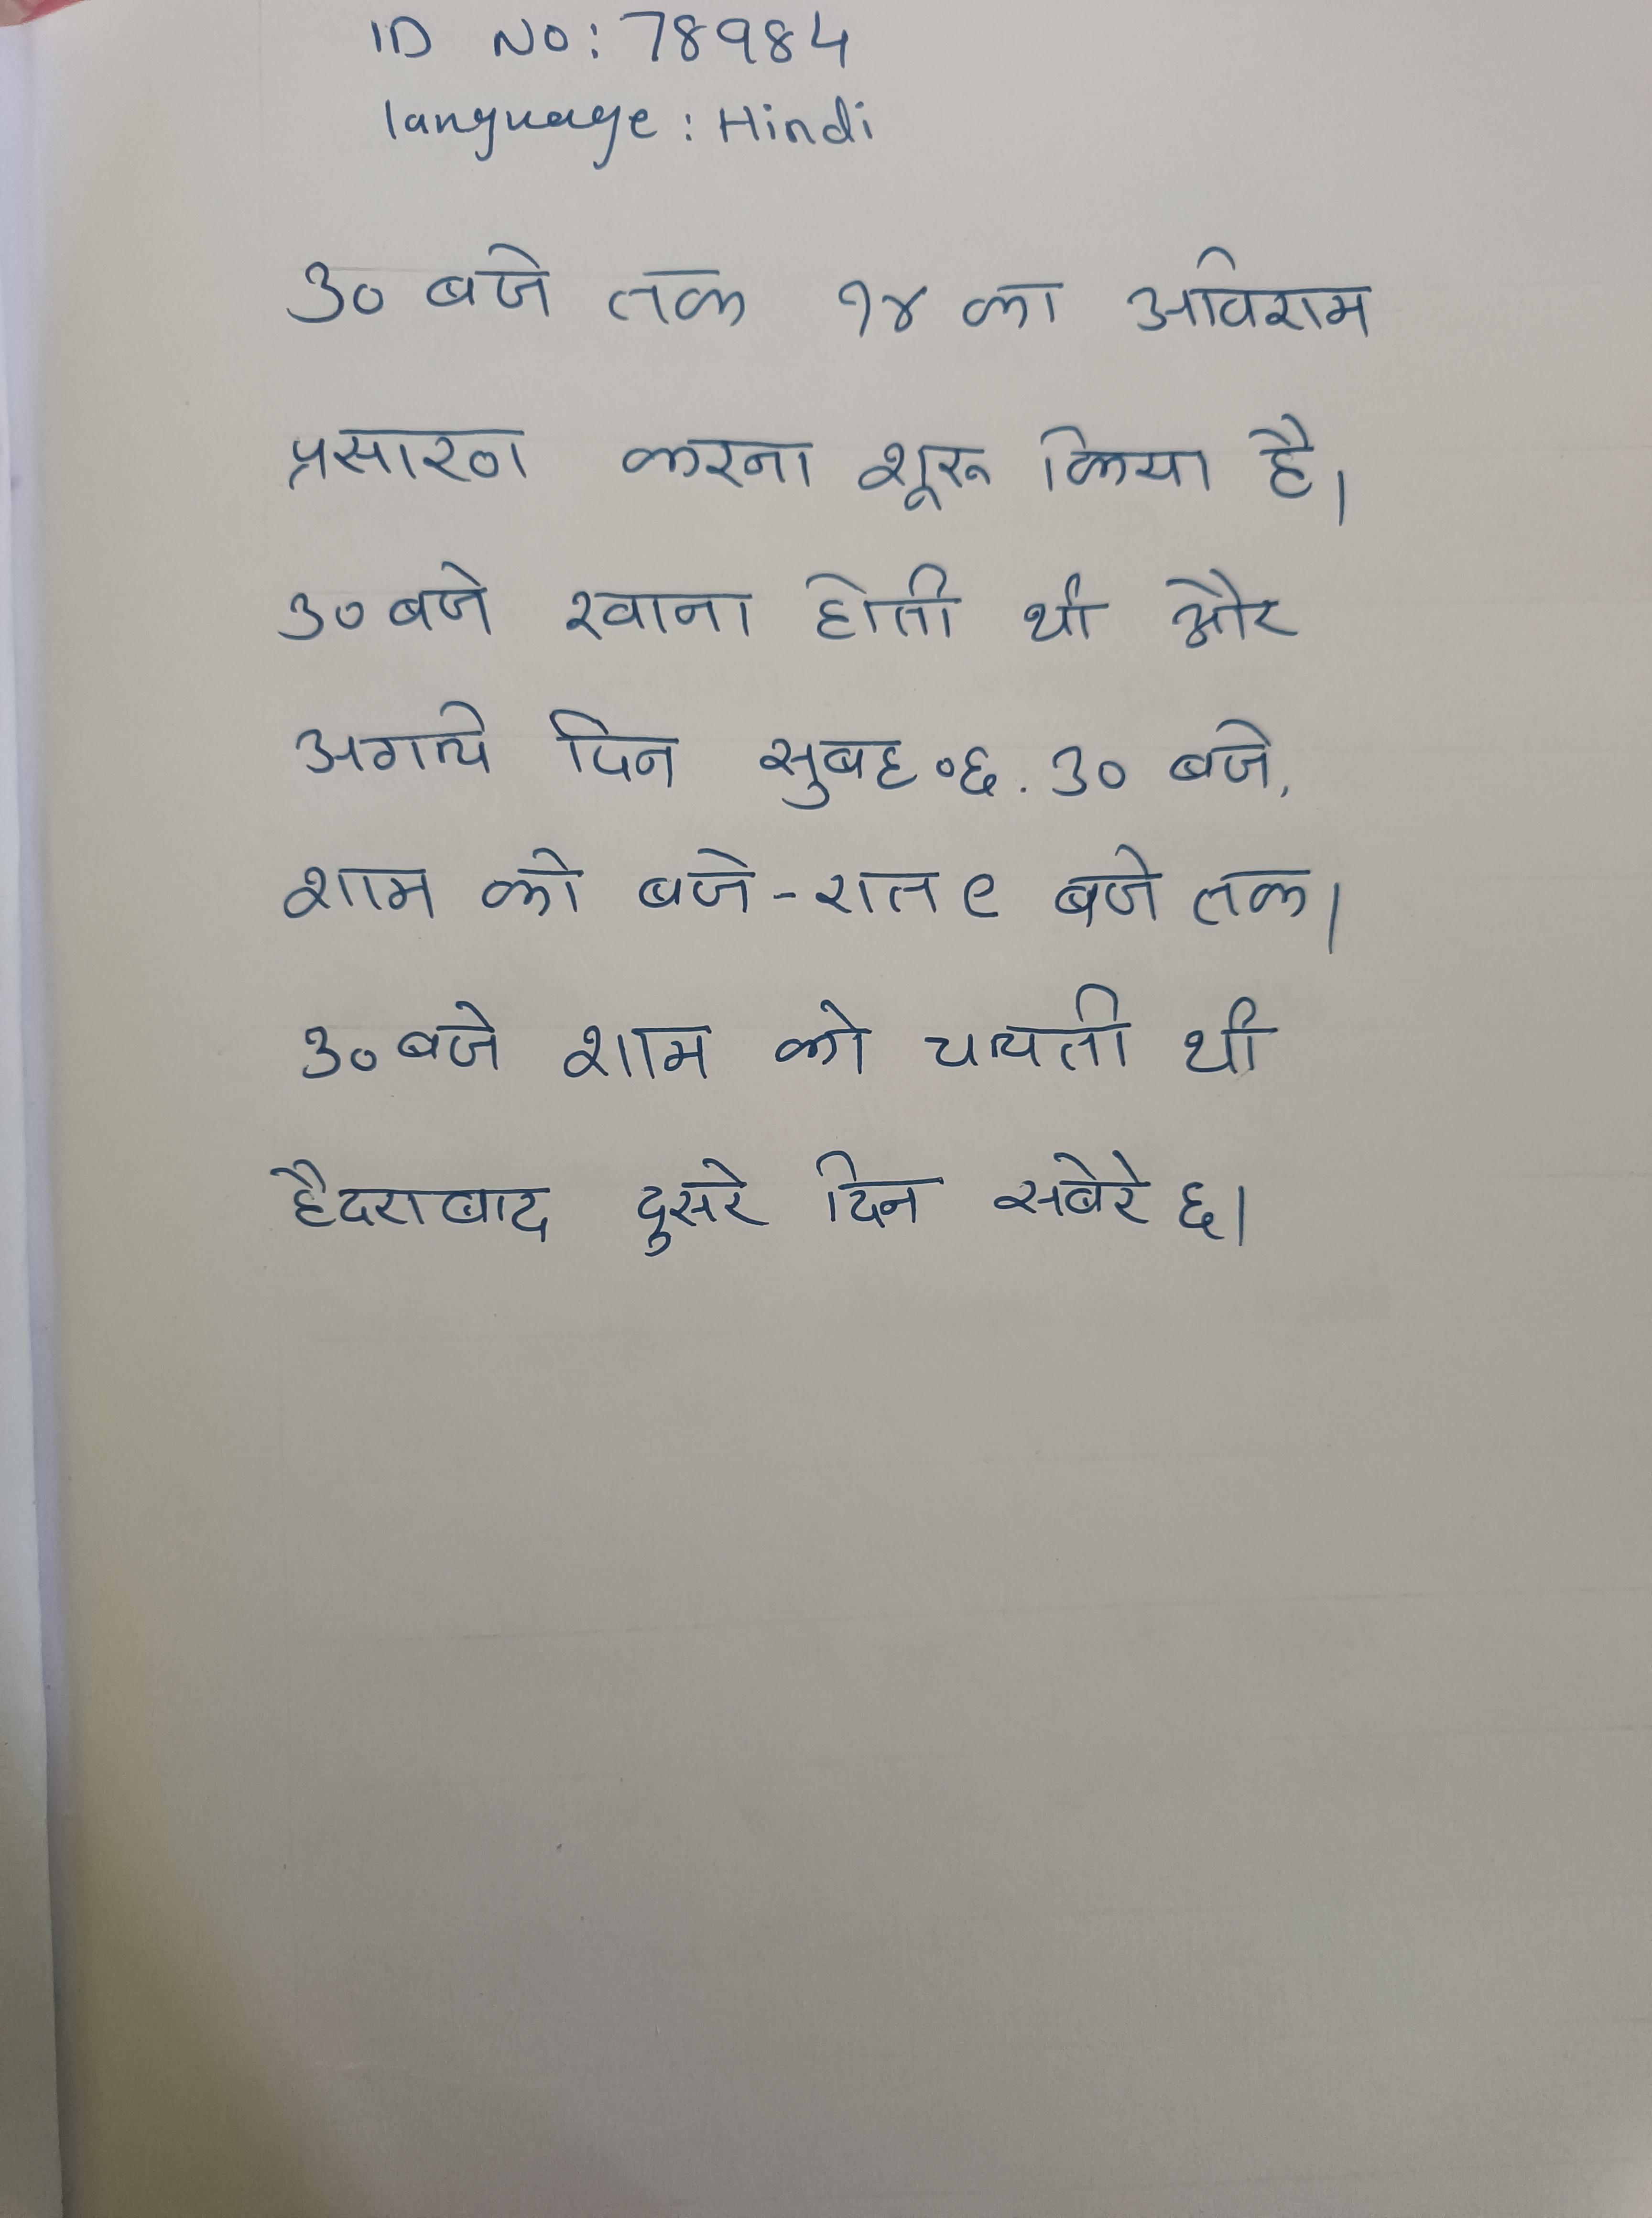
३० बजे तक १४ का अविराम प्रसारण करना शुरू किया है । ३० बजे रवाना होती थी और अगले दिन सुबह ०६ . ३० बजे, शाम ६ बजे-रात ९ बजे तक । ३० बजे शाम को चलती थी हैदराबाद दुसरे दिन सबेरे ६ ।